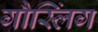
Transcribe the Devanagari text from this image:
गौस्लिंग